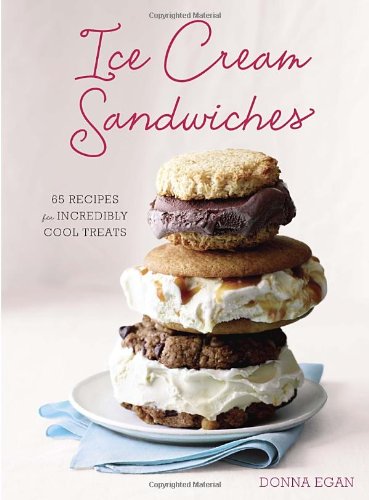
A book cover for Ice Cream Sandwiches: 65 Recipes for Incredibly Cool Treats; Donna Egan; Cookbooks, Food & Wine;